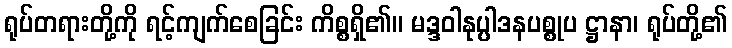
ရုပ်တရားတို့ကို ရင့်ကျက်စေခြင်း ကိစ္စရှိ၏။ မဒ္ဒဝါနုပ္ပါဒနပစ္စုပ ဋ္ဌာနာ၊ ရုပ်တို့၏